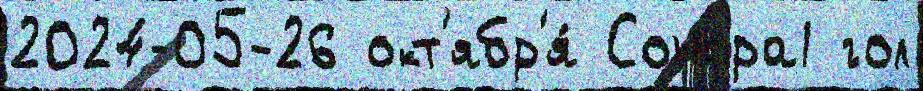
2024-05-26 окт'ябр'я́ Сонора1 гол